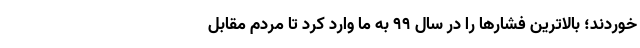
خوردند؛ بالاترین فشارها را در سال 99 به ما وارد کرد تا مردم مقابل